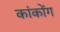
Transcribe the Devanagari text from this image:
कांकोंग